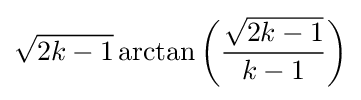
{\sqrt {2k-1}}\arctan \left({\frac {\sqrt {2k-1}}{k-1}}\right)